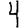
Digit: 4